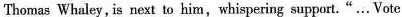
Thomas Whaley ,is next to him , whispering support. “ ... Vote